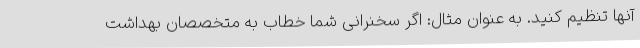
آنها تنظیم کنید. به عنوان مثال: اگر سخنرانی شما خطاب به متخصصان بهداشت